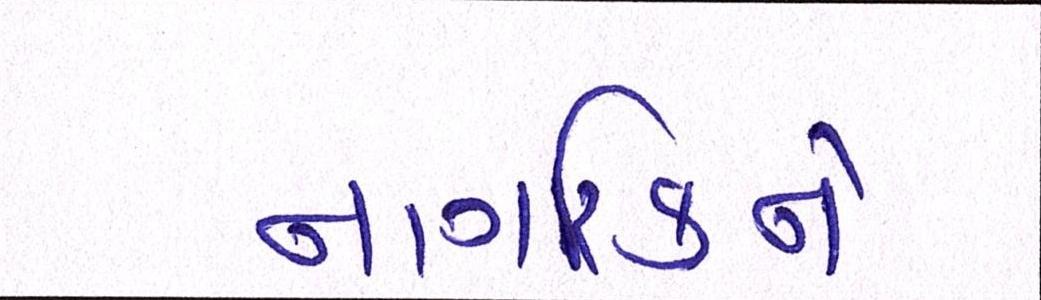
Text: નાગરિકને